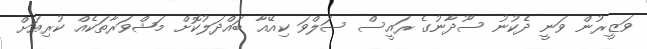
ވަޒީރުން ވަނީ ދެކުނު ސޫދާނުގެ ރައީސް ސަލްވަ ކިއޭއާ ބައްދަލުކޮށް މަޝްވަރާތަކެއް ކުރިއަށް